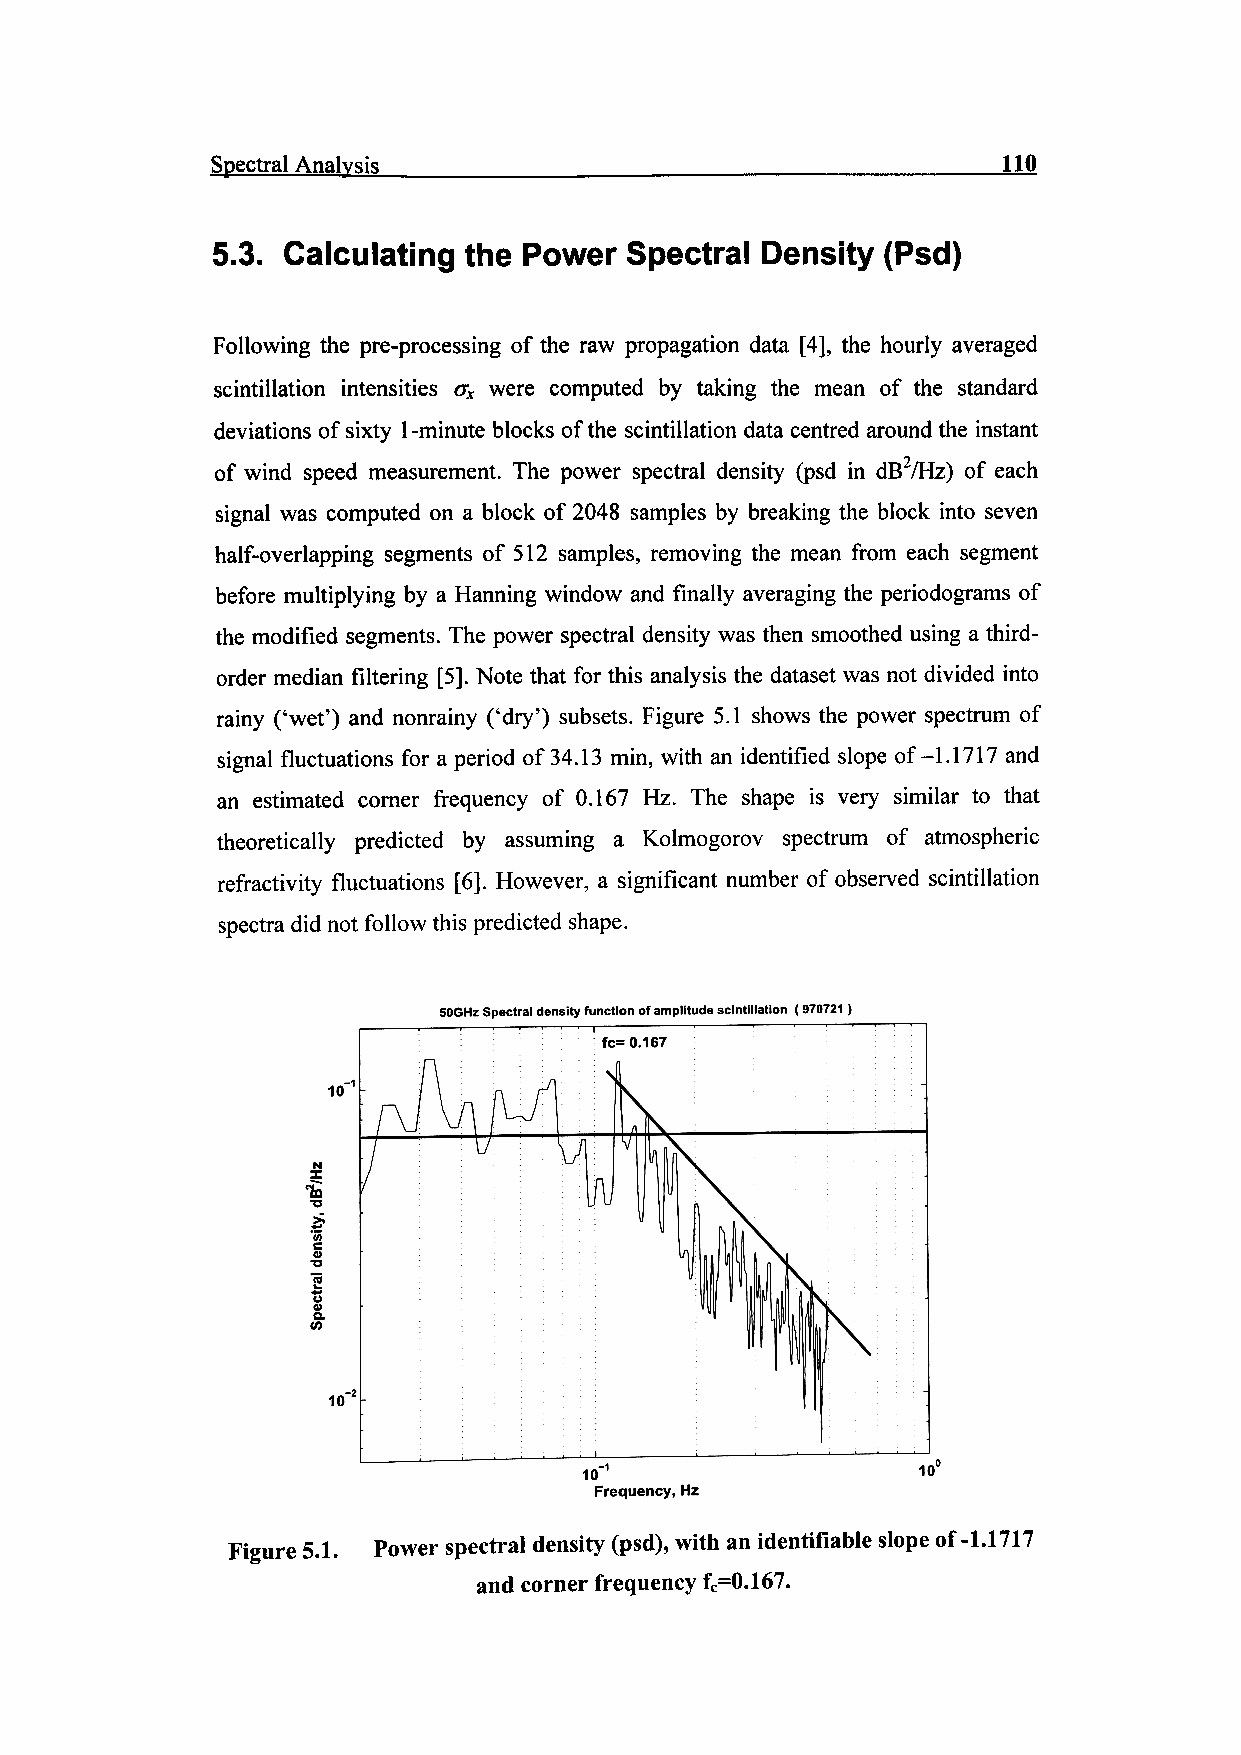
Spectral Analysis                                   110
 5.3. Calculating the Power Spectral Density (Psd)
 Following the pre-processing of the raw propagation data [4], the hourly averaged
 scintillation intensities ax were computed by taking the mean of the standard
 deviations of sixty 1-minute blocks of the scintillation data centred around the instant
 of wind speed measurement. The power spectral density (psd in dB2/Hz) of each
 signal was computed on a block of 2048 samples by breaking the block into seven
 half-overlapping segments of 512 samples, removing the mean from each segment
 before multiplying by a Hanning window and finally averaging the periodograms of
 the modified segments. The power spectral density was then smoothed using a third-
 order median filtering [5]. Note that for this analysis the dataset was not divided into
 rainy ('wet') and nonrainy ('dry') subsets. Figure 5.1 shows the power spectrum of
 signal fluctuations for a period of 34.13 min, with an identified slope of-1.1717 and
 an estimated corner frequency of 0.167 Hz. The shape is very similar to that
 theoretically predicted by assuming a Kolmogorov spectrum of atmospheric
 refractivity fluctuations [6]. However, a significant number of observed scintillation
 spectra did not follow this predicted shape.
 SOGHz Spectral density function of amplitude scintillation ( 970721 )
 10
 Frequency, Hz
 Power spectral density (psd), with an identifiable slope of-1.1717
 Figure 5.1.
 and corner frequency fc=0.167.